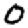
Digit: 0